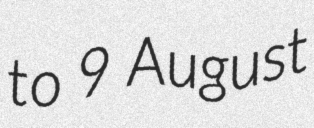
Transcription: to 9 August